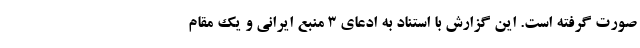
صورت گرفته است. این گزارش با استناد به ادعای 3 منبع ایرانی و یک مقام